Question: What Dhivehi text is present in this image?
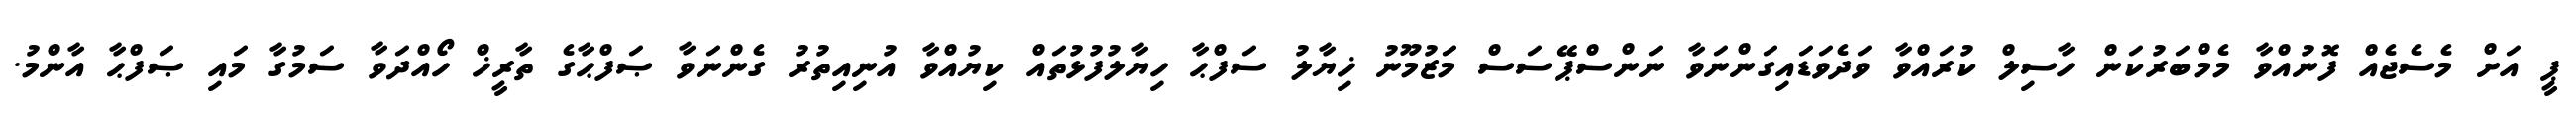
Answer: ޕީ އަށް މެސެޖެއް ފޮނުއްވާ މެމްބަރުކަން ހާސިލް ކުރައްވާ ވަދެވަޑައިގަންނަވާ ނަންސްޕޭސަސް މަޒުމޫނު ޚިޔާލު ސަފްޙާ ހިޔާލުފުޅުތައް ކިޔުއްވާ އުނިއިތުރު ގެންނަވާ ޞަފްޙާގެ ތާރީޚް ހޯއްދަވާ ސަމުގާ މައި ޞަފްޙާ އާންމު.